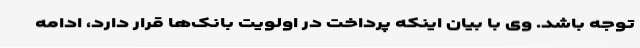
توجه باشد. وی با بیان اینکه پرداخت در اولویت بانک‌ها قرار دارد، ادامه